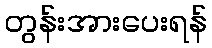
တွန်းအားပေးရန်